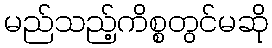
မည်သည့်ကိစ္စတွင်မဆို